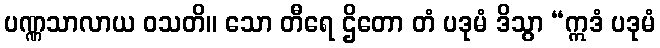
ပဏ္ဏသာလာယ ဝသတိ။ သော တီရေ ဌိတော တံ ပဒုမံ ဒိသွာ “ဣဒံ ပဒုမံ